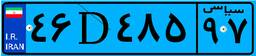
۵۹D۴۴۸۸۹